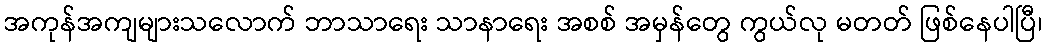
အကုန်အကျများသလောက် ဘာသာရေး သာနာရေး အစစ် အမှန်တွေ ကွယ်လု မတတ် ဖြစ်နေပါပြီ၊